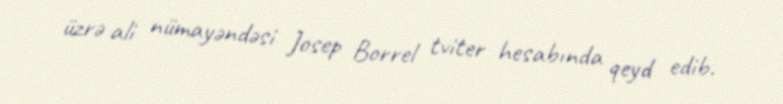
üzrə ali nümayəndəsi Josep Borrel tviter hesabında qeyd edib.